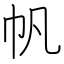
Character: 帆